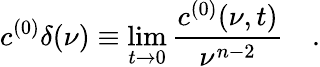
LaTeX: c^{(0)}\delta(\nu)\equiv\operatorname*{lim}_{t\to 0}{\frac{c^{(0)}(\nu,t)}{\nu^{n-2}}}\quad.